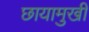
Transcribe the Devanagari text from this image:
छायामुखी